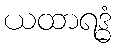
ယထာရဒ္ဓံ